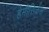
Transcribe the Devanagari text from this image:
हेमीसिर्कस